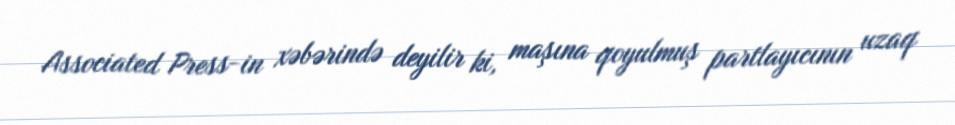
Associated Press-in xəbərində deyilir ki, maşına qoyulmuş partlayıcının uzaq